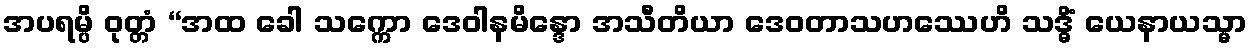
အပရမ္ပိ ဝုတ္တံ “အထ ခေါ သက္ကော ဒေဝါနမိန္ဒော အသီတိယာ ဒေဝတာသဟဿေဟိ သဒ္ဓိံ ယေနာယသ္မာ